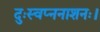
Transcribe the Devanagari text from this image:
दुःस्वप्ननाशनः।